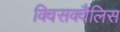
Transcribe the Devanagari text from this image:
क्विसक्वैलिस